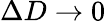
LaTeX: \Delta D\to 0